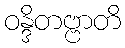
ဝန္ဒိတဗ္ဗာတိ